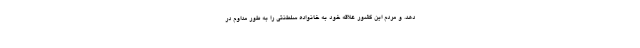
دهد. و مردم این کشور علاقه خود به خانواده سلطنتی را به طور مداوم در